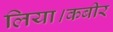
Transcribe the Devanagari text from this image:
लिया।कबीर